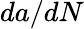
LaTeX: da/dN